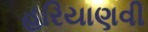
હરિયાણવી